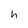
Character: h